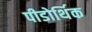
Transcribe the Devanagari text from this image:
पीडोर्थिक